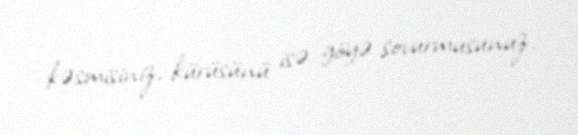
kəsmisiniz, kürüsünü isə göyə sovurmusunuz.